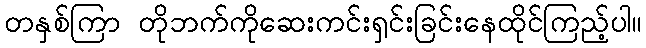
တနှစ်ကြာ တိုဘက်ကိုဆေးကင်းရှင်းခြင်းနေထိုင်ကြည့်ပါ။